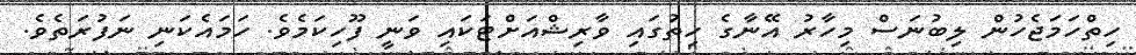
ހިތްހަމަޖެހުން ލިބުނަސް މިހާރު އޭނާގެ ހިތުގައި ވާރިޝްއަށްޓަކައި ވަނީ ފޫހިކަމެވެ. ހަމައެކަނި ނަފުރަތެވެ.